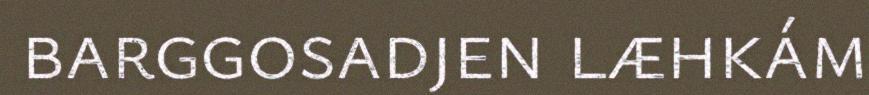
barggosadjen læhkám